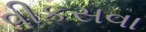
વીકસવા